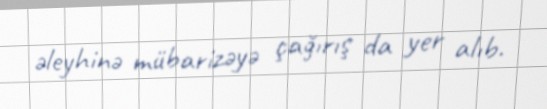
əleyhinə mübarizəyə çağırış da yer alıb.